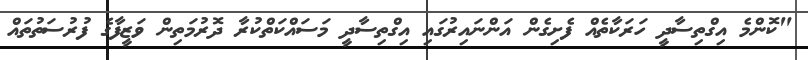
"ކޮންމެ އިގްތިސާދީ ހަރަކާތެއް ފެށިގެން އަންނައިރުގައި އިގްތިސާދީ މަސައްކަތްކުރާ ދޮރުމަތިން ވަޒީފާގެ ފުރުސަތުތައް